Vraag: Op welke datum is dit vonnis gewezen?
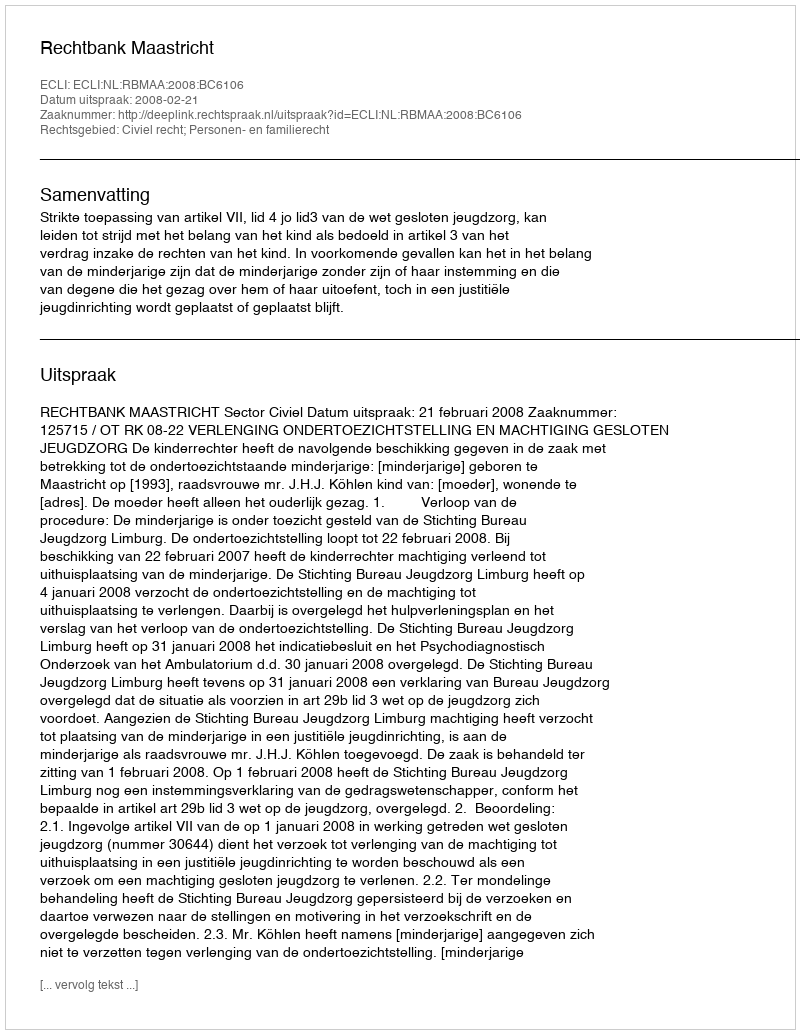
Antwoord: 2008-02-21